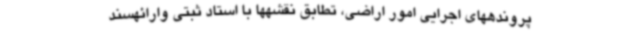
پروندههای اجرایی امور اراضی، تطابق نقشهها با استاد ثبتی وارائهسند